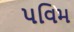
પવિમ